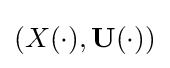
(X(\cdot ),\mathbf {U} (\cdot ))